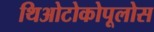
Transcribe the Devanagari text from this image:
थिओटोकोपूलोस